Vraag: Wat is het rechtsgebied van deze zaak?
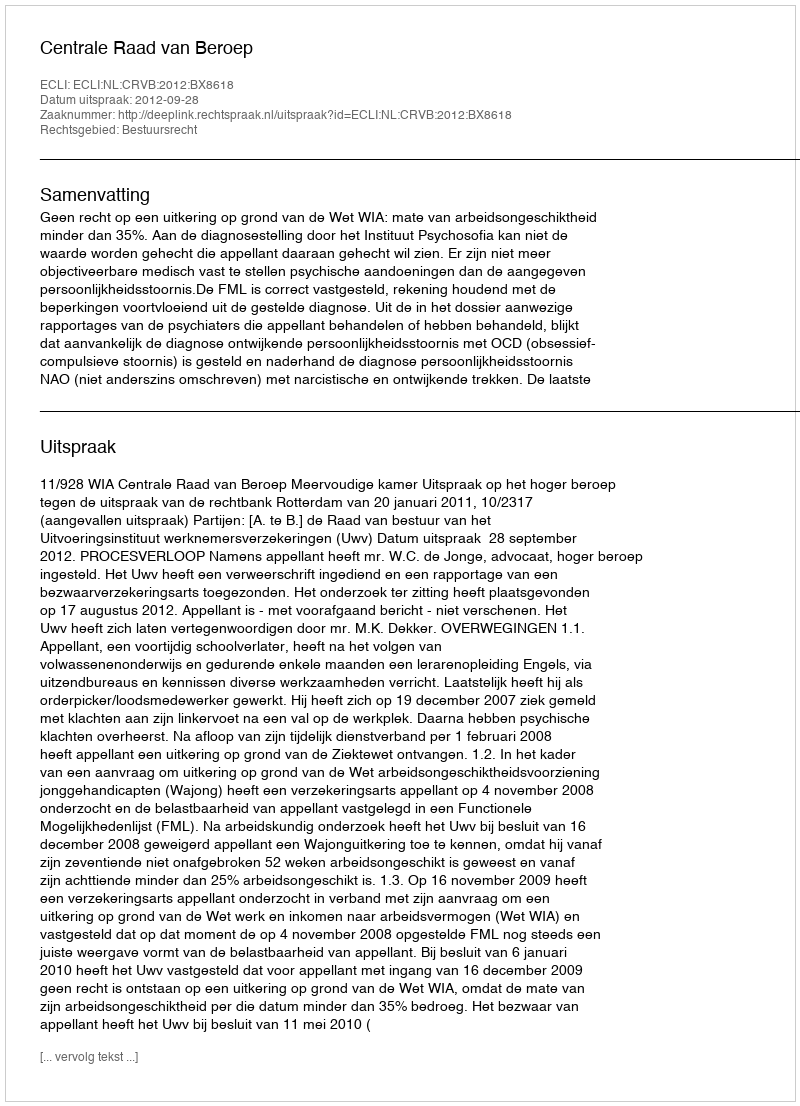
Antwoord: Bestuursrecht